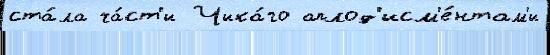
ста́ла ча́ст'и Чика́го аплод'исм'е́нтам'и